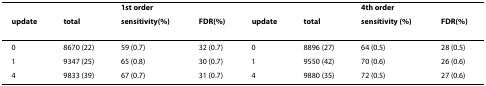
|  |  | 1st order |  |  |  | 4th order |  |
 | update | total | sensitivity(%) | FDR(%) | update | total | sensitivity (%) | FDR(%) |
 | --- | --- | --- | --- | --- | --- | --- | --- |
 | 0 | 8670 (22) | 59 (0.7) | 32 (0.7) | 0 | 8896 (27) | 64 (0.5) | 28 (0.5) |
 | 1 | 9347 (25) | 65 (0.8) | 30 (0.7) | 1 | 9550 (42) | 70 (0.6) | 26 (0.6) |
 | 4 | 9833 (39) | 67 (0.7) | 31 (0.7) | 4 | 9880 (35) | 72 (0.5) | 27 (0.6) |